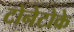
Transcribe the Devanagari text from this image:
टोनेटोके